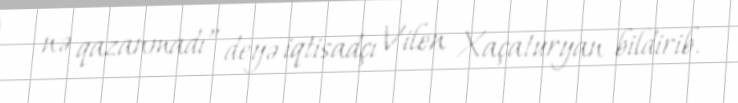
nə qazanmadı” deyə iqtisadçı Vilen Xaçaturyan bildirib.